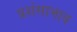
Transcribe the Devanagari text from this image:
प्रशंसाभाव